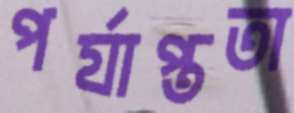
পর্যাপ্ততা